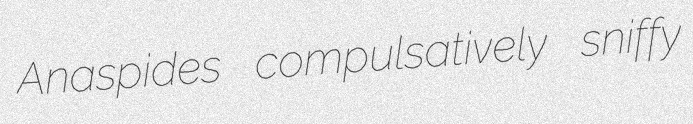
Anaspides compulsatively sniffy